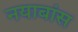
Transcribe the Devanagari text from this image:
नयाबांस